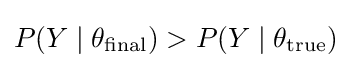
P(Y\mid \theta _{\text{final}})>P(Y\mid \theta _{\text{true}})